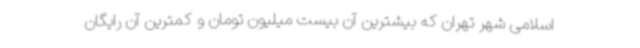
اسلامی شهر تهران که بیشترین آن بیست میلیون تومان و کمترین آن رایگان